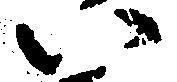
い